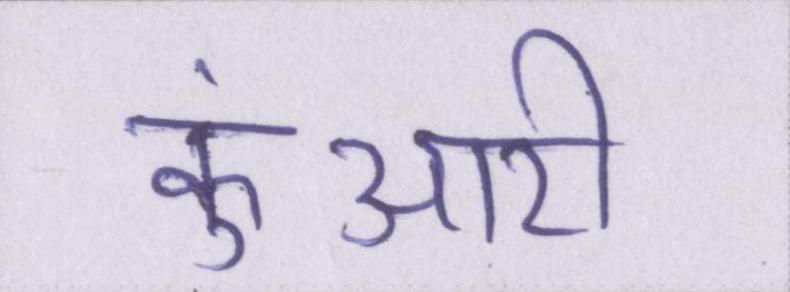
कुंआरी